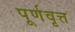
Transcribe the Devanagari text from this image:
पूर्णवृत्त